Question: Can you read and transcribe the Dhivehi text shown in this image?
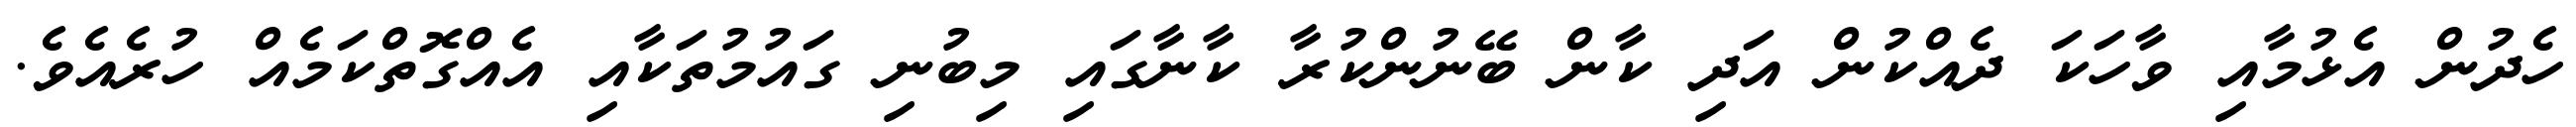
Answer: ހެދުން އެޅުމާއި ވާހަކަ ދެއްކުން އަދި ކާން ބޭނުންކުރާ ކާނާގައި މިބުނި ގައުމުތަކާއި އެއްގޮތްކަމެއް ހުރެއެވެ.